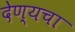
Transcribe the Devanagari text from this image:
देण्यचा